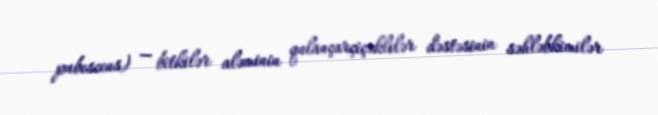
pubescens) — bitkilər aləminin qulançarçiçəklilər dəstəsinin səhləbkimilər